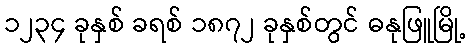
၁၂၃၄ ခုနှစ် ခရစ် ၁၈၇၂ ခုနှစ်တွင် ဓနုဖြူမြို့